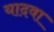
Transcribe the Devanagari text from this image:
यादवा